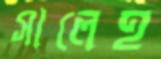
সালেহ